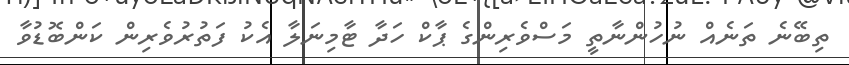
ތިބޭނެ ތަނެއް ނުހުންނާތީ މަސްވެރިންގެ ޕާކް ހަދާ ޓާމިނަލާ އެކު ފަތުރުވެރިން ކަންބޮޑުވާ